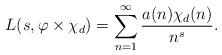
LaTeX: \begin{align*}L(s,\varphi\times\chi_d) = \sum_{n=1}^\infty \frac{a(n)\chi_d(n)}{n^s}.\end{align*}